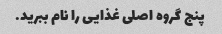
پنج گروه اصلی غذایی را نام ببرید.